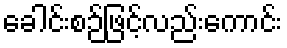
ခေါင်းစဉ်ဖြင့်လည်းကောင်း